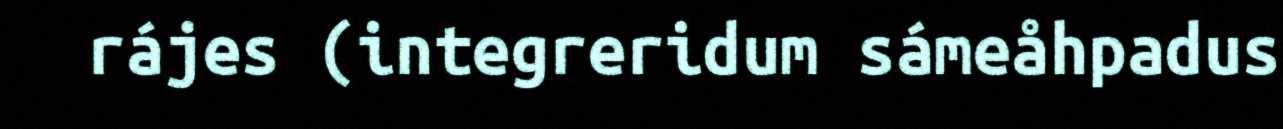
rájes (integreridum sámeåhpadus